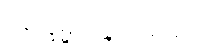
နေက္ခမ္မဆန္ဒာဘိရတော